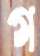
গ